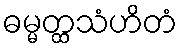
ဓမ္မတ္ထသံဟိတံ